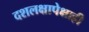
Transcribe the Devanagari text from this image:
दशलक्षापेक्षाही